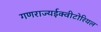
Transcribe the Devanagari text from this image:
गणराज्यईक्वीटोरियल